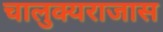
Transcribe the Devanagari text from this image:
चालुक्यराजास